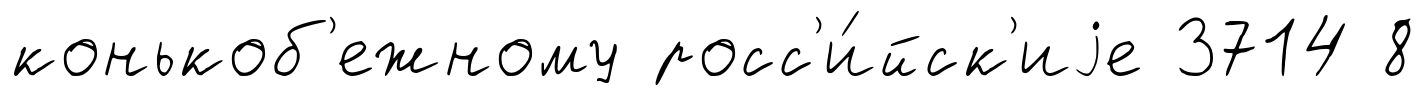
конькоб'ежному росс'и́йск'иjе 3714 8